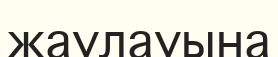
жаулауына